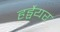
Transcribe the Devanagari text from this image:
हर्ड्वेयर